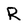
Character: R